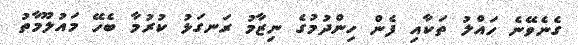
ގެނެވޭނެ ހައްލު ތަކާއި ފެން ހިންދުމުގެ ނިޒާމު ރަނގަޅު ކުރުމާ ބެހޭ މައުލޫމާތު